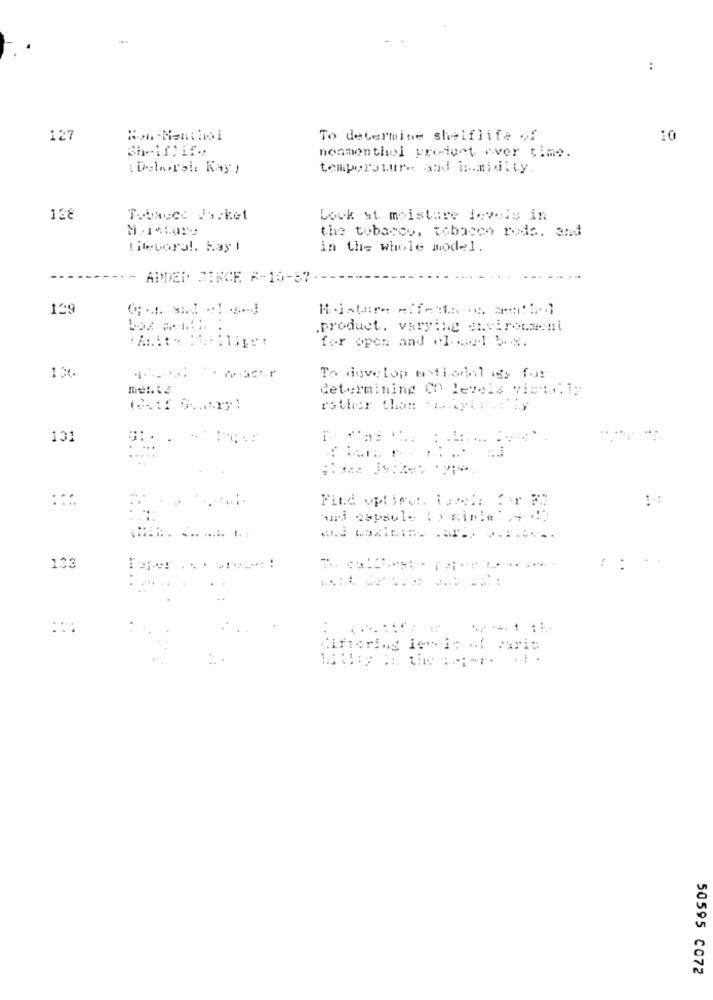
:
127
To determine shelflife of
10
Shelflife
nemmenthol product over time.
( Dobaoral: Kay )
temperature and ismidity.
128
Tobacco Jacket
Lock at moisture levels in
the tobacco, tobacco roda. and
Mitevora !. Kayı
in the whole mode1.
- ADDED SINCE F-15-37
129
.product, varying environment
for open and el-ce1 5-8.
To dovetop withodol igy for
determining CO levels viens. 1;
rather than .... tytn . : 'ly
101
Find opting :. Larela for FE
uri capsule i> minie
.. 1.
133
..
: :
Cifiering ievi: af maris
50595 C072